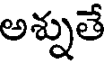
అశ్నుతే